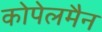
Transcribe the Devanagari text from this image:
कोपेलमैन